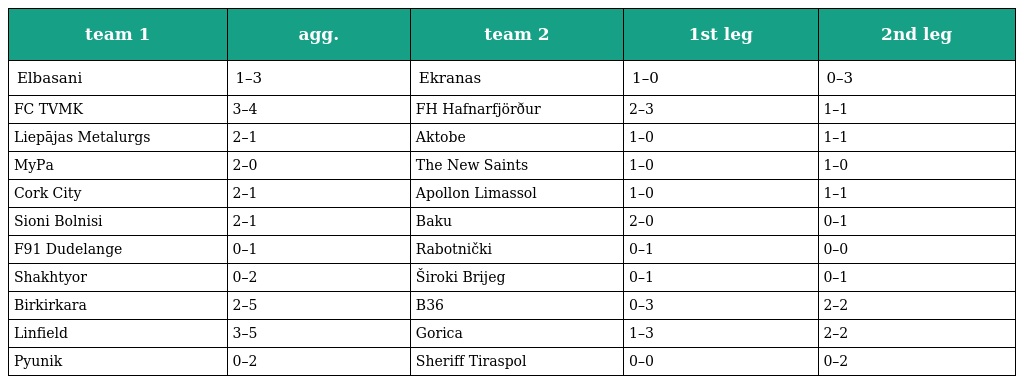
| team 1 | agg. | team 2 | 1st leg | 2nd leg |
 | --- | --- | --- | --- | --- |
 | Elbasani | 1–3 | Ekranas | 1–0 | 0–3 |
 | FC TVMK | 3–4 | FH Hafnarfjörður | 2–3 | 1–1 |
 | Liepājas Metalurgs | 2–1 | Aktobe | 1–0 | 1–1 |
 | MyPa | 2–0 | The New Saints | 1–0 | 1–0 |
 | Cork City | 2–1 | Apollon Limassol | 1–0 | 1–1 |
 | Sioni Bolnisi | 2–1 | Baku | 2–0 | 0–1 |
 | F91 Dudelange | 0–1 | Rabotnički | 0–1 | 0–0 |
 | Shakhtyor | 0–2 | Široki Brijeg | 0–1 | 0–1 |
 | Birkirkara | 2–5 | B36 | 0–3 | 2–2 |
 | Linfield | 3–5 | Gorica | 1–3 | 2–2 |
 | Pyunik | 0–2 | Sheriff Tiraspol | 0–0 | 0–2 |